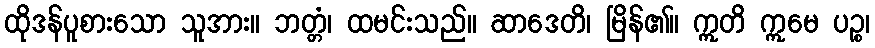
ထိုဒန်ပူစားသော သူအား။ ဘတ္တံ၊ ထမင်းသည်။ ဆာဒေတိ၊ မြိန်၏။ ဣတိ ဣမေ ပဉ္စ၊